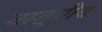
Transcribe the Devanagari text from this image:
वस्तूचीच